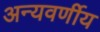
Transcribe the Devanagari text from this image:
अन्यवर्णीय